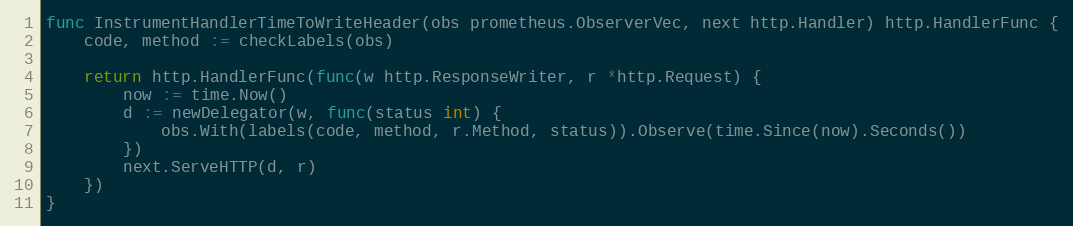
Language: Go
func InstrumentHandlerTimeToWriteHeader(obs prometheus.ObserverVec, next http.Handler) http.HandlerFunc {
	code, method := checkLabels(obs)

	return http.HandlerFunc(func(w http.ResponseWriter, r *http.Request) {
		now := time.Now()
		d := newDelegator(w, func(status int) {
			obs.With(labels(code, method, r.Method, status)).Observe(time.Since(now).Seconds())
		})
		next.ServeHTTP(d, r)
	})
}